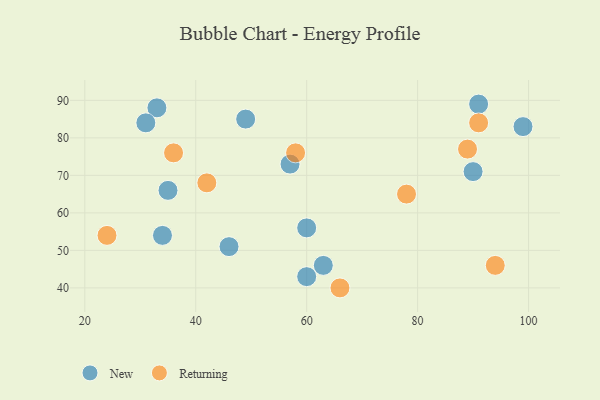
{"axis": {"x": "GDP", "y": "Life Expectancy"}, "legend": ["New", "Returning"], "data": [{"x": "90", "y": 71, "type": "New"}, {"x": "99", "y": 83, "type": "New"}, {"x": "57", "y": 73, "type": "New"}, {"x": "49", "y": 85, "type": "New"}, {"x": "46", "y": 51, "type": "New"}, {"x": "35", "y": 66, "type": "New"}, {"x": "60", "y": 43, "type": "New"}, {"x": "60", "y": 56, "type": "New"}, {"x": "63", "y": 46, "type": "New"}, {"x": "91", "y": 89, "type": "New"}, {"x": "34", "y": 54, "type": "New"}, {"x": "33", "y": 88, "type": "New"}, {"x": "31", "y": 84, "type": "New"}, {"x": "66", "y": 40, "type": "Returning"}, {"x": "91", "y": 84, "type": "Returning"}, {"x": "78", "y": 65, "type": "Returning"}, {"x": "94", "y": 46, "type": "Returning"}, {"x": "24", "y": 54, "type": "Returning"}, {"x": "58", "y": 76, "type": "Returning"}, {"x": "42", "y": 68, "type": "Returning"}, {"x": "89", "y": 77, "type": "Returning"}, {"x": "36", "y": 76, "type": "Returning"}]}